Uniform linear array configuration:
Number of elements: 16
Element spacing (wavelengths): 0.25
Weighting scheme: hamming
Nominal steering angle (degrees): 0
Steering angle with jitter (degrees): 1.155
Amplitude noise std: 0.05
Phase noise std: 0.05

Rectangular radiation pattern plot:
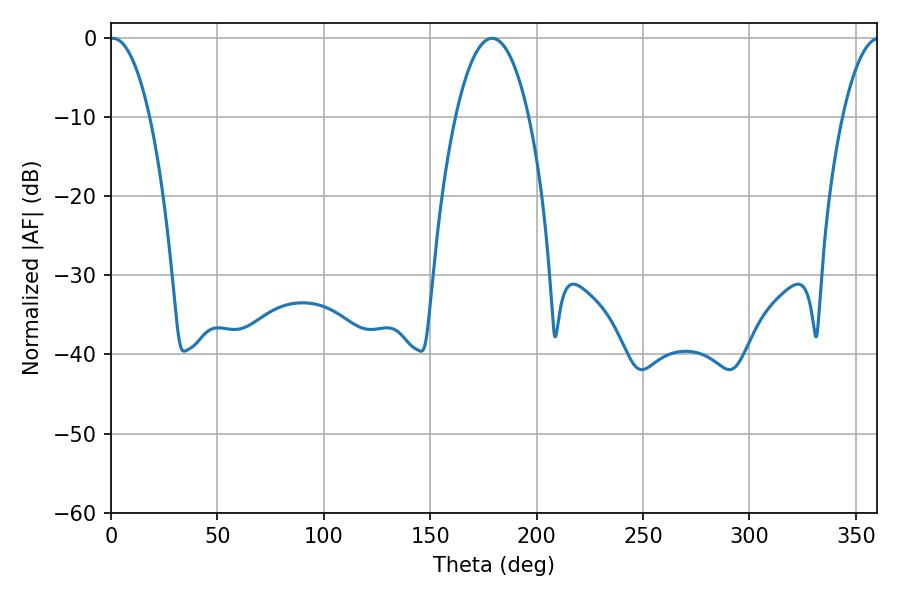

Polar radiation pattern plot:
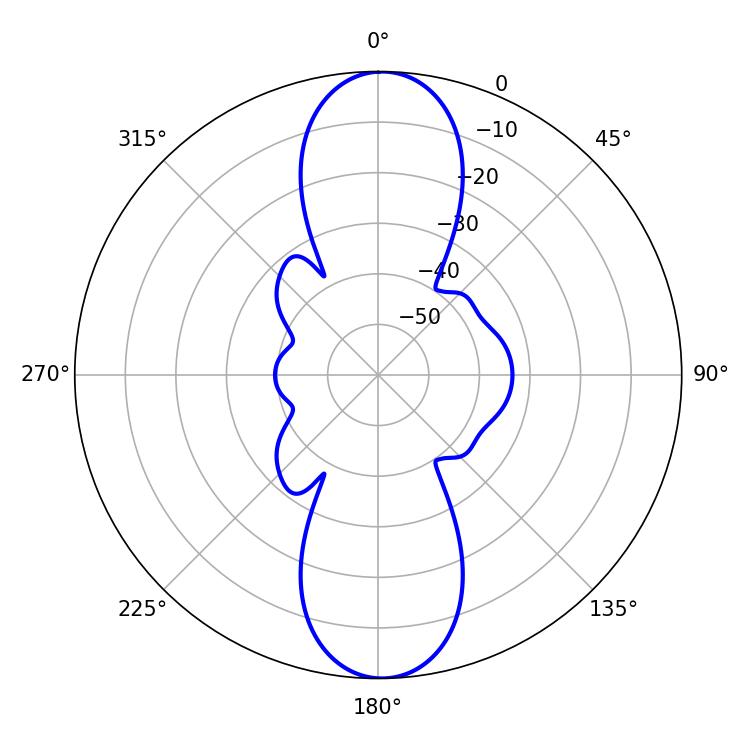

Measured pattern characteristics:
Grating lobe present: FALSE
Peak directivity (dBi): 22.391
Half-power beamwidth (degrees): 19.08
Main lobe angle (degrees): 179.1